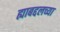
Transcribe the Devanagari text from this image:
ह्याबद्दलच्या